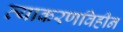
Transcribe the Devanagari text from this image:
व्याकरणविहीन